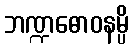
ဘဏ္ဍဓောဝနမ္ပိ